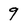
Character: 9